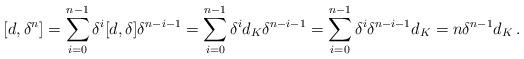
LaTeX: \begin{align*}[ d, \delta^n ] = \sum_{i=0}^{n-1} \delta^i [d, \delta] \delta^{n-i-1} = \sum_{i=0}^{n-1} \delta^i d_K \delta^{n-i-1} = \sum_{i=0}^{n-1} \delta^i \delta^{n-i-1} d_K = n \delta^{n-1} d_K\,.\end{align*}